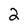
Character: 2